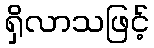
ရှိလာသဖြင့်